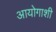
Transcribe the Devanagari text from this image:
आयोगाशी